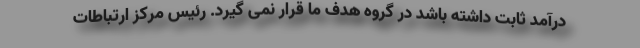
درآمد ثابت داشته باشد در گروه هدف ما قرار نمی گیرد. رئیس مرکز ارتباطات